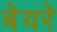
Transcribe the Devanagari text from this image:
बेयरे